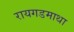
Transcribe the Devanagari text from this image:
रायगडमाथा